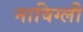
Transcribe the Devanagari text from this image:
नाविग्ली